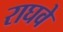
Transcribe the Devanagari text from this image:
राघवे